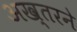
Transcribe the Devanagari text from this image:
अख्तरने